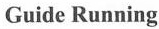
Guide Running